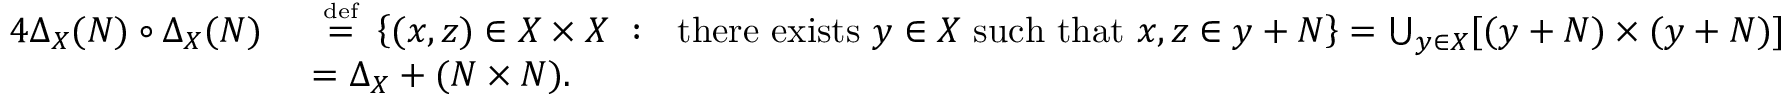
{ \begin{array} { r l } { { 4 } \Delta _ { X } ( N ) \circ \Delta _ { X } ( N ) ~ } & { ~ { \stackrel { \scriptscriptstyle { \mathrm { d e f } } } { = } } ~ \left\{ ( x , z ) \in X \times X ~ : ~ { \mathrm { ~ t h e r e ~ e x i s t s ~ } } y \in X { \mathrm { ~ s u c h ~ t h a t ~ } } x , z \in y + N \right\} = \bigcup _ { y \in X } [ ( y + N ) \times ( y + N ) ] } \\ & { = \Delta _ { X } + ( N \times N ) . } \end{array} }